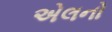
એલનો